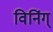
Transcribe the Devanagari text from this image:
विनिंग्